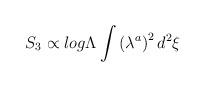
LaTeX: \begin{align*}S_ {3} \propto log\Lambda\int{\left( \lambda^{a} \right)^{2}d^{2}\xi}\end{align*}